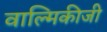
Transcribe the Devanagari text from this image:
वाल्‍मिकीजी